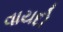
વાયદો